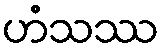
ဟံသဿ